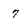
Character: 7